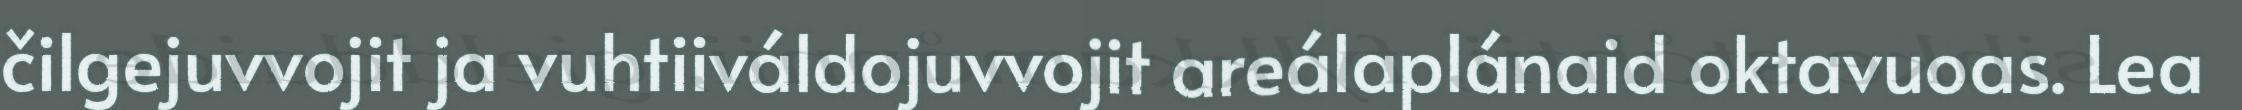
čilgejuvvojit ja vuhtiiváldojuvvojit areálaplánaid oktavuoas. Lea